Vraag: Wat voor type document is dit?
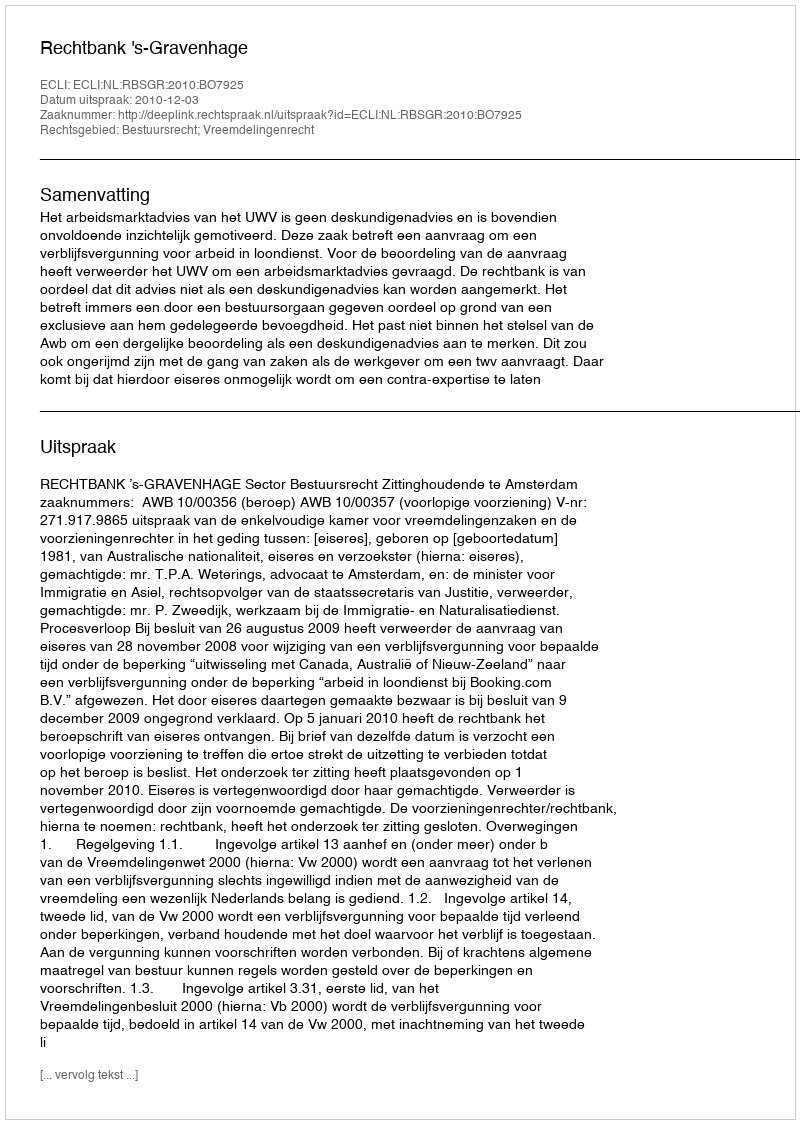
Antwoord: Uitspraak